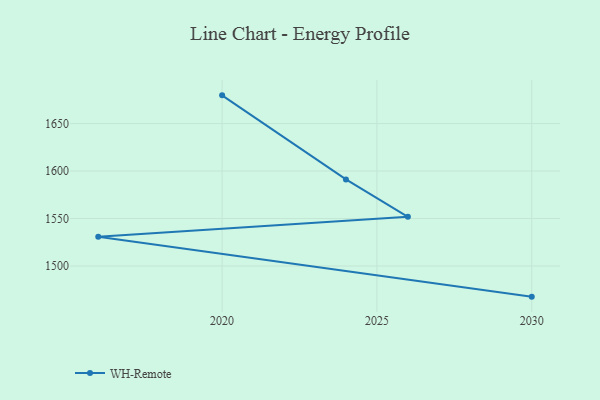
{"axis": {"x": "Year", "y": "Population (Million)"}, "legend": ["WH-Remote"], "data": [{"x": "2030", "y": 1467.7, "type": "WH-Remote"}, {"x": "2016", "y": 1530.7, "type": "WH-Remote"}, {"x": "2026", "y": 1551.8, "type": "WH-Remote"}, {"x": "2024", "y": 1591.2, "type": "WH-Remote"}, {"x": "2020", "y": 1679.7, "type": "WH-Remote"}]}